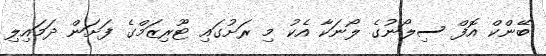
ބޭންކް އޮފް ސިލޯނުގެ ލޯނަކާ އެކު މި ރަށުގައި ޓޫރިޒަމްްގެ ފަށަން ދަމައިލި